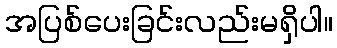
အပြစ်ပေးခြင်းလည်းမရှိပါ။